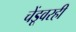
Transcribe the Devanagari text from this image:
चेंडूवरही